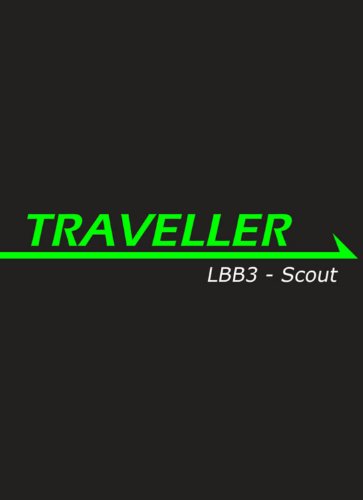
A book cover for LBB 3: Scout (Traveller (Numbered)); Gareth Hanrahan; Science Fiction & Fantasy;